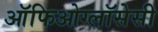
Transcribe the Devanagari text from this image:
ऑफिओग्लॉसेसी